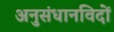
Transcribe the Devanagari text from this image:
अनुसंधानविदों